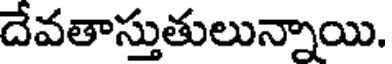
దేవతాస్తుతులున్నాయి.